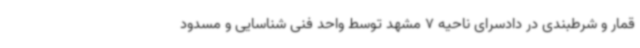
قمار و شرطبندی در دادسرای ناحیه 7 مشهد توسط واحد فنی شناسایی و مسدود